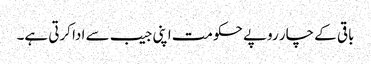
باقی کے چار روپے حکومت اپنی جیب سے ادا کرتی ہے۔